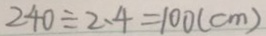
2 4 0 \div 2 . 4 = 1 0 0 ( c m )